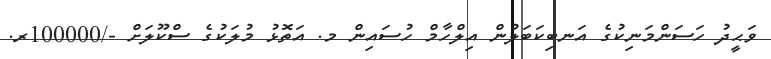
ވަޙީދު ހަސަންމަނިކުގެ އަނބިކަބަލުން އިލްހާމް ހުސައިން މ. އަތޮޅު މުލަކުގެ ސްކޫލަށް -/100000ރ.